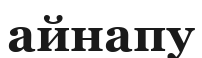
айнапу